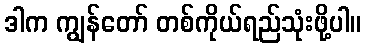
ဒါက ကျွန်တော် တစ်ကိုယ်ရည်သုံးဖို့ပါ။